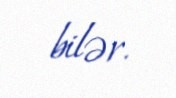
bilər.